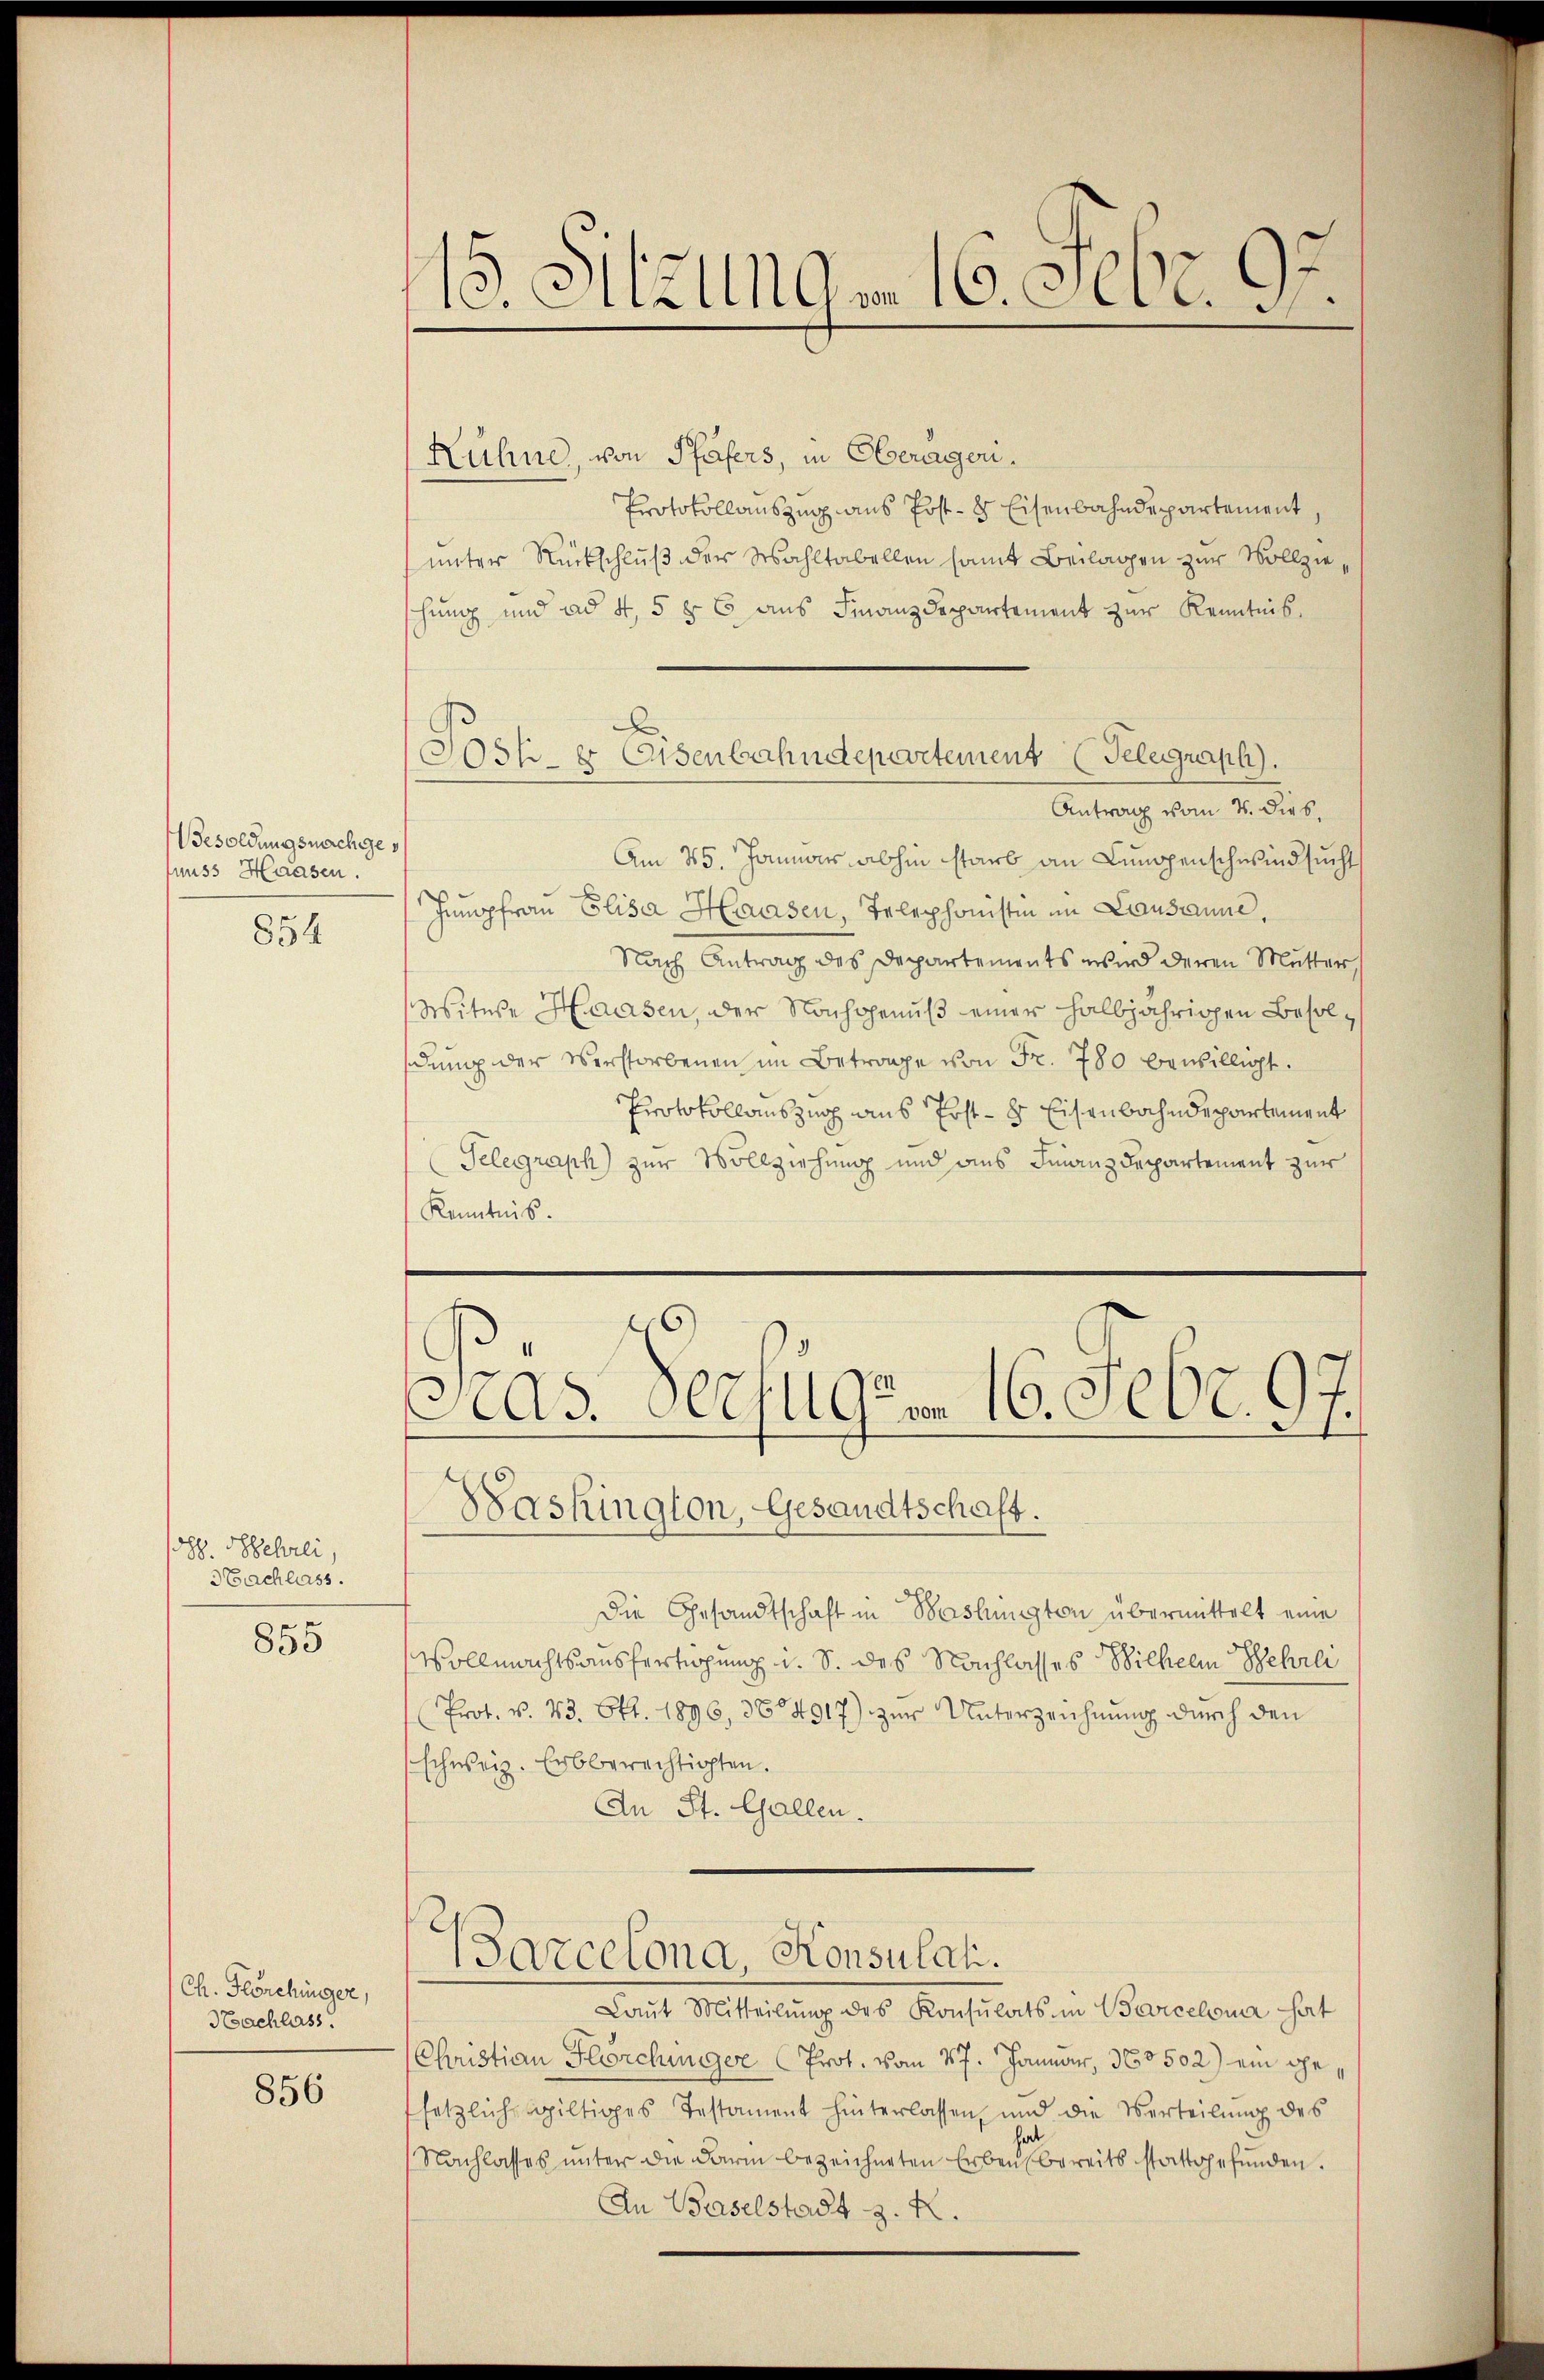
esoldungsnachges
nuss Haasen.
854

opp. Nehrli,
3 Eachlass.

855

Ch. Flonchinger,
Nachlass.

856

15. Sitzung. 16. Febr. 95.

Kühne, von Pfäfers, in Oberagen.
Protokollauszug aus Post- & Eisenbahndepartement,
unter Rückschluß der Wahltabellen samt Beilagen zur Vollziehung und ad 4, 5 § 6 aus Finanzdepartement zur Kenntnis
Antrag vom 4. dies
Am 25. Januar abhin starb an Lungenschwindsucht
Jungfrau Elisa Hausen, Telephonisten im Lausanne,
Nach Antrag des Departements wird deren Mutter,
Witwe Hausen, der Nachgenuß einer halbjährigen Besoldŭng der Verstorbenen im Betrage von Fr. 780 bewilligt.
Protokollauszug aus Erst- 8 Eisenbahndepartement
Telegraph) zur Vollziehung und aus Finanzdepartement zur
Kenntnis.

F
Jost er leisenbahndepartement (Felegraph).

Baskington, Gesandtschaft.
Die Gesandtschaft in Washington übermittelt eine
Vollmachtsausfertigung i. S. des Nachlasses Wilhelm Wehrli
Prot. v. 23. Okt. 1896, 3864917) zur Unterzeichnung durch den
schweiz. Erbberechtigten.
An St. Gallen.

s
As. Germ 16. Febr. 97.

Parcelona, Konsulati.

Laut Mitteilung des Konsulats im Bercelena hat
(Christian Flörchunger Prot. vom 17. Januar, 360502) ein gesetzliche giltiges Testament hinterlassen, und die Verteilung des
Nachlasses unter die Darm bezeichneten Erben bereits stattgefunden.
An Baselstadt z. R.